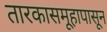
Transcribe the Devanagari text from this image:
तारकासमूहापासून